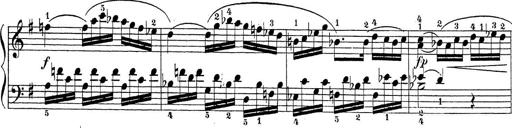
Title: Sonatina Album
Composer: Louis KÃ¶hler